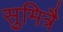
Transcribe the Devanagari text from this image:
सुमित्रै